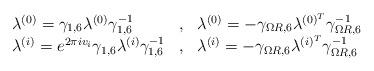
LaTeX: \begin{align*}\begin{array}{lcl} \lambda^{(0)} = \gamma_{1,6} \lambda^{(0)} \gamma_{1,6}^{-1} &, &\lambda^{(0)} = -\gamma_{\Omega R,6} \lambda^{(0)^{T}} \gamma_{\Omega R,6}^{-1} \\ \lambda^{(i)} = e^{2\pi iv_i}\gamma_{1,6} \lambda^{(i)} \gamma_{1,6}^{-1} &,&\lambda^{(i)} = -\gamma_{\Omega R,6} \lambda^{(i)^T} \gamma_{\Omega R,6}^{-1} \end{array}\end{align*}